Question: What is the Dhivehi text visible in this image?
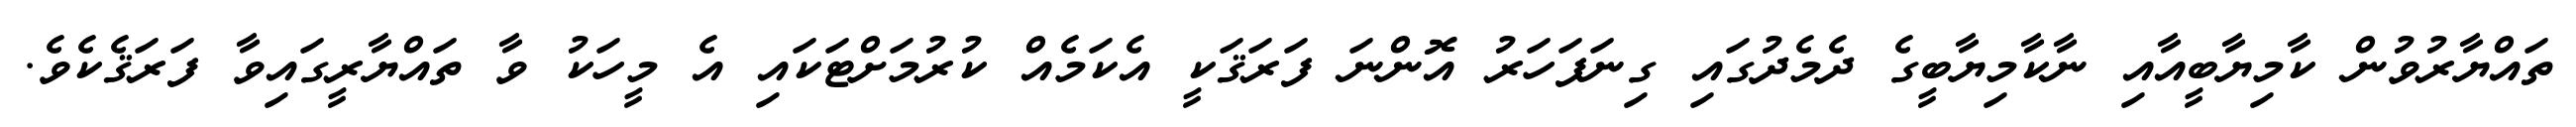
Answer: ތައްޔާރުވުން ކާމިޔާބީއާއި ނާކާމިޔާބީގެ ދެމެދުގައި ގިނަފަހަރު އޮންނަ ފަރަޤަކީ އެކަމެއް ކުރުމަށްޓަކައި އެ މީހަކު ވާ ތައްޔާރީގައިވާ ފަރަޤެކެވެ.